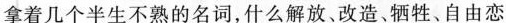
拿着几个半生不熟的名词，什么解放、改造、牺牲、自由恋